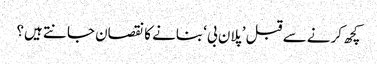
کچھ کرنے سے قبل ’پلان بی‘ بنانے کا نقصان جانتے ہیں؟